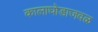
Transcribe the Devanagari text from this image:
कालाघोडाजवळ